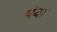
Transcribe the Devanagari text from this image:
थंबा